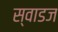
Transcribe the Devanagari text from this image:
स्वाडज